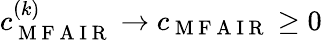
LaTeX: c_{\mathrm{~M~F~A~I~R~}}^{(k)}\to c_{\mathrm{~M~F~A~I~R~}}\geq 0